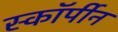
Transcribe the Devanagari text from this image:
स्कॉर्पीन